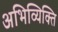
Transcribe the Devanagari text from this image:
अभिव्यिक्ति